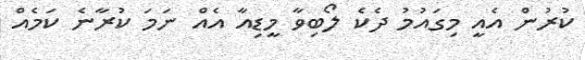
ކުރުން އެއީ މިގައުމު ދެކެ ލޯބިވާ މީޑިއާ އެއް ނަމަ ކުރާނެ ކަމެއް